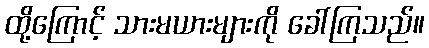
ထို့ကြောင့် သားမယားများကို ခေါ်ကြသည်။